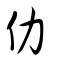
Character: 仂